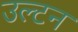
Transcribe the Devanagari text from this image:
उल्टन